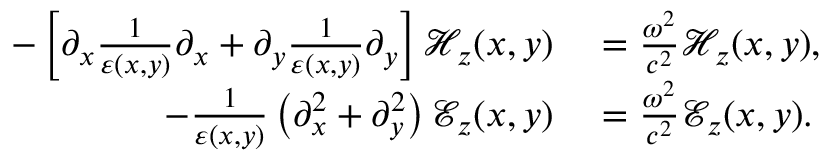
\begin{array} { r l } { - \left[ \partial _ { x } \frac { 1 } { \varepsilon ( x , y ) } \partial _ { x } + \partial _ { y } \frac { 1 } { \varepsilon ( x , y ) } \partial _ { y } \right] \mathcal { H } _ { z } ( x , y ) } & { { } = \frac { \omega ^ { 2 } } { c ^ { 2 } } \mathcal { H } _ { z } ( x , y ) , } \\ { - \frac { 1 } { \varepsilon ( x , y ) } \left( \partial _ { x } ^ { 2 } + \partial _ { y } ^ { 2 } \right) \mathcal { E } _ { z } ( x , y ) } & { { } = \frac { \omega ^ { 2 } } { c ^ { 2 } } \mathcal { E } _ { z } ( x , y ) . } \end{array}